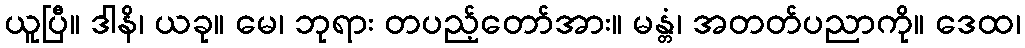
ယူပြီ။ ဒါနိ၊ ယခု။ မေ၊ ဘုရား တပည့်တော်အား။ မန္တံ၊ အတတ်ပညာကို။ ဒေထ၊